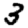
Digit: 3